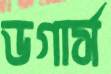
ডগার্স